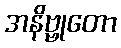
အနိဗ္ဗုတော